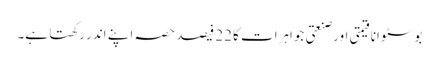
بوسٹوانا قیمتی اور صنعتی جواہرات کا 22 فیصد حصہ اپنے اندر رکھتا ہے۔